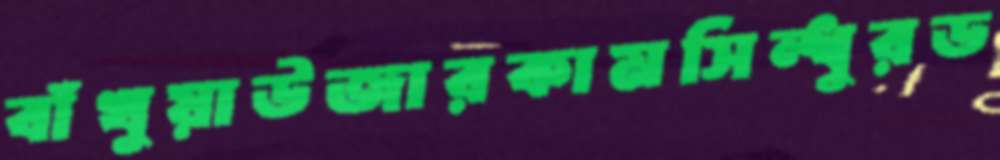
বাঁখুয়াউজারকামসিন্ধুরড